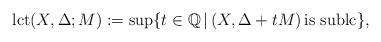
LaTeX: \begin{align*} \mathrm{lct}(X,\Delta;M):=\sup\{t\in\mathbb{Q}\,|\,(X,\Delta+tM)\, \textrm{is sublc}\}, \end{align*}